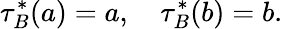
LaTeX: \tau_{B}^{*}(a)=a,\quad\tau_{B}^{*}(b)=b.